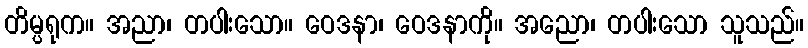
တိမ္ပရုက။ အညာ၊ တပါးသော။ ဝေဒနာ၊ ဝေဒနာကို။ အညော၊ တပါးသော သူသည်။